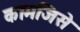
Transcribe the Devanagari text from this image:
कामजिसे